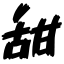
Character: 甜